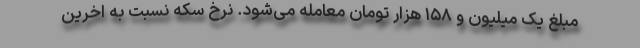
مبلغ یک میلیون و ۱۵۸ هزار تومان معامله می‌شود. نرخ سکه نسبت به اخرین